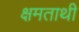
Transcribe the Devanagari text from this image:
क्षमताथी